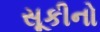
સૂકીનો